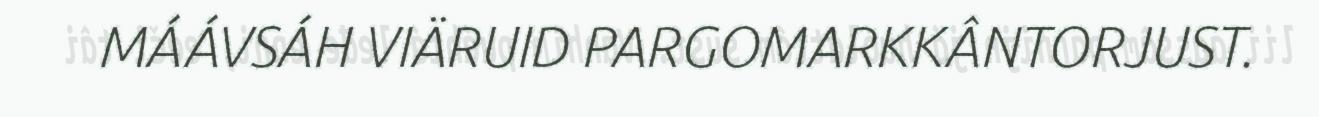
MÁÁVSÁH VIÄRUID PARGOMARKKÂNTORJUST.